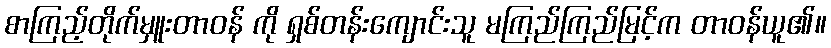
စာကြည့်တိုက်မှူးတာဝန် ကို ရှစ်တန်းကျောင်းသူ မကြည်ကြည်မြင့်က တာဝန်ယူ၏။